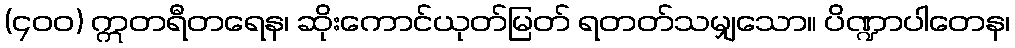
(၄၀၀) ဣတရီတရေန၊ ဆိုးကောင်ယုတ်မြတ် ရတတ်သမျှသော။ ပိဏ္ဍာပါတေန၊